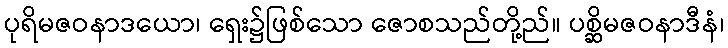
ပုရိမဇဝနာဒယော၊ ရှေး၌ဖြစ်သော ဇောစသည်တို့ည်။ ပစ္ဆိမဇဝနာဒီနံ၊